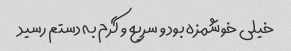
خیلی خوشمزه بود و سریع و گرم به دستم رسید